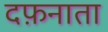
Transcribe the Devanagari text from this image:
दफ़नाता